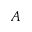
A